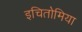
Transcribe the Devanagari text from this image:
इचितोमिया